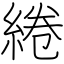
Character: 綣